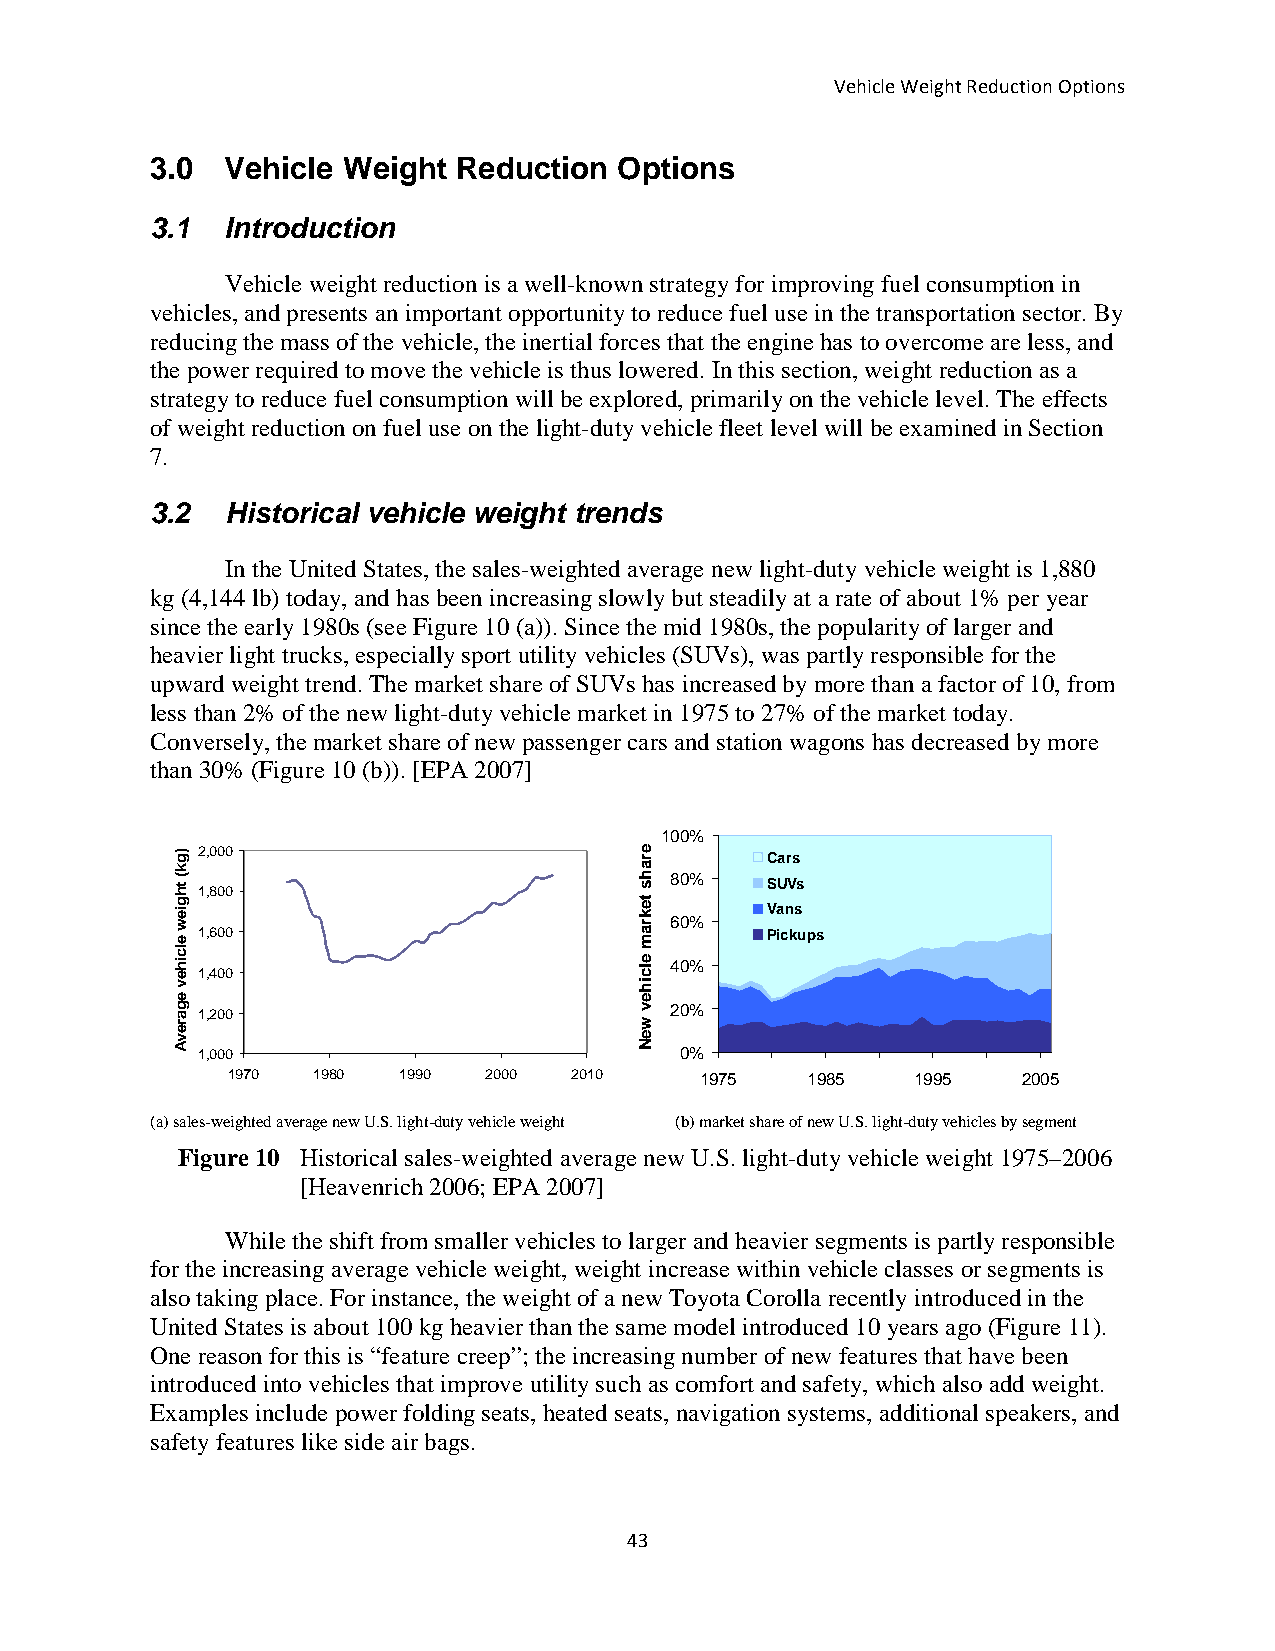
Vehicle Weight Reduction Options
 3.0  Vehicle Weight Reduction  Options
 3.1  Introduction
 Vehicle weight reduction is a well-known strategy for improving fuel consumption in
 vehicles, and presents an important opportunity to reduce fuel use in the transportation sector. By
 reducing the mass of the vehicle, the inertial forces that the engine has to overcome are less, and
 the power required to move the vehicle is thus lowered. In this section, weight reduction as a
 strategy to reduce fuel consumption will be explored, primarily on the vehicle level. The effects
 of weight reduction on fuel use on the light-duty vehicle fleet level will be examined in Section
 7.
 3.2  Historical vehicle weight trends
 In the United States, the sales-weighted average new light-duty vehicle weight is 1,880
 kg (4,144 lb) today, and has been increasing slowly but steadily at a rate of about 1% per year
 since the early 1980s (see Figure 10 (a)). Since the mid 1980s, the popularity of larger and
 heavier light trucks, especially sport utility vehicles (SUVs), was partly responsible for the
 upward weight trend. The market share of SUVs has increased by more than a factor of 10, from
 less than 2% of the new light-duty vehicle market in 1975 to 27% of the market today.
 Conversely, the market share of new passenger cars and station wagons has decreased by more
 than 30% (Figure 10 (b)). [EPA 2007]
 100%
 2,000                                 Cars
 80%    SUVs 1,800
 Vans
 60%
 1,600                                 Pickups
 40%
 1,400
 1,200                          20%
 1,000                           0%
 1970  1980  1990 2000  2010    1975   1985    1995   2005
 (a) sales-weighted average new U.S. light-duty vehicle weight (b) market share of new U.S. light-duty vehicles by segment
 Figure 10 Historical sales-weighted average new U.S. light-duty vehicle weight 1975–2006
 [Heavenrich 2006; EPA 2007]
 While the shift from smaller vehicles to larger and heavier segments is partly responsible
 for the increasing average vehicle weight, weight increase within vehicle classes or segments is
 also taking place. For instance, the weight of a new Toyota Corolla recently introduced in the
 United States is about 100 kg heavier than the same model introduced 10 years ago (Figure 11).
 One reason for this is “feature creep”; the increasing number of new features that have been
 introduced into vehicles that improve utility such as comfort and safety, which also add weight.
 Examples include power folding seats, heated seats, navigation systems, additional speakers, and
 safety features like side air bags.
 43
 )gk(
 thgiew
 elcihev
 egarevA
 _e_rahs
 tekram
 elcihev
 weN